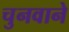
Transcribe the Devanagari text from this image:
चुनवाने